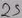
Text: 2S